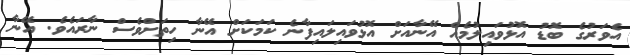
އެވަރުގެ ބޮޑު އޮޅުވައިލުމެއް އޭނާއަށް އޮޅުވައިލައިފާނެ ކަމަކަށް އޭނާ ހިތަށްވެސް ނާރައެވެ. އޭނާ